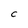
Character: C